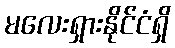
မလေးရှားနိုင်ငံရှိ